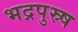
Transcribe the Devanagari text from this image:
भद्रपुस्र्ष